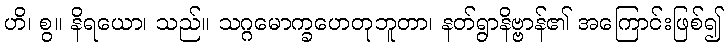
ဟိ၊ စွ။ နိရယော၊ သည်။ သဂ္ဂမောက္ခဟေတုဘူတာ၊ နတ်ရွာနိဗ္ဗာန်၏ အကြောင်းဖြစ်၍